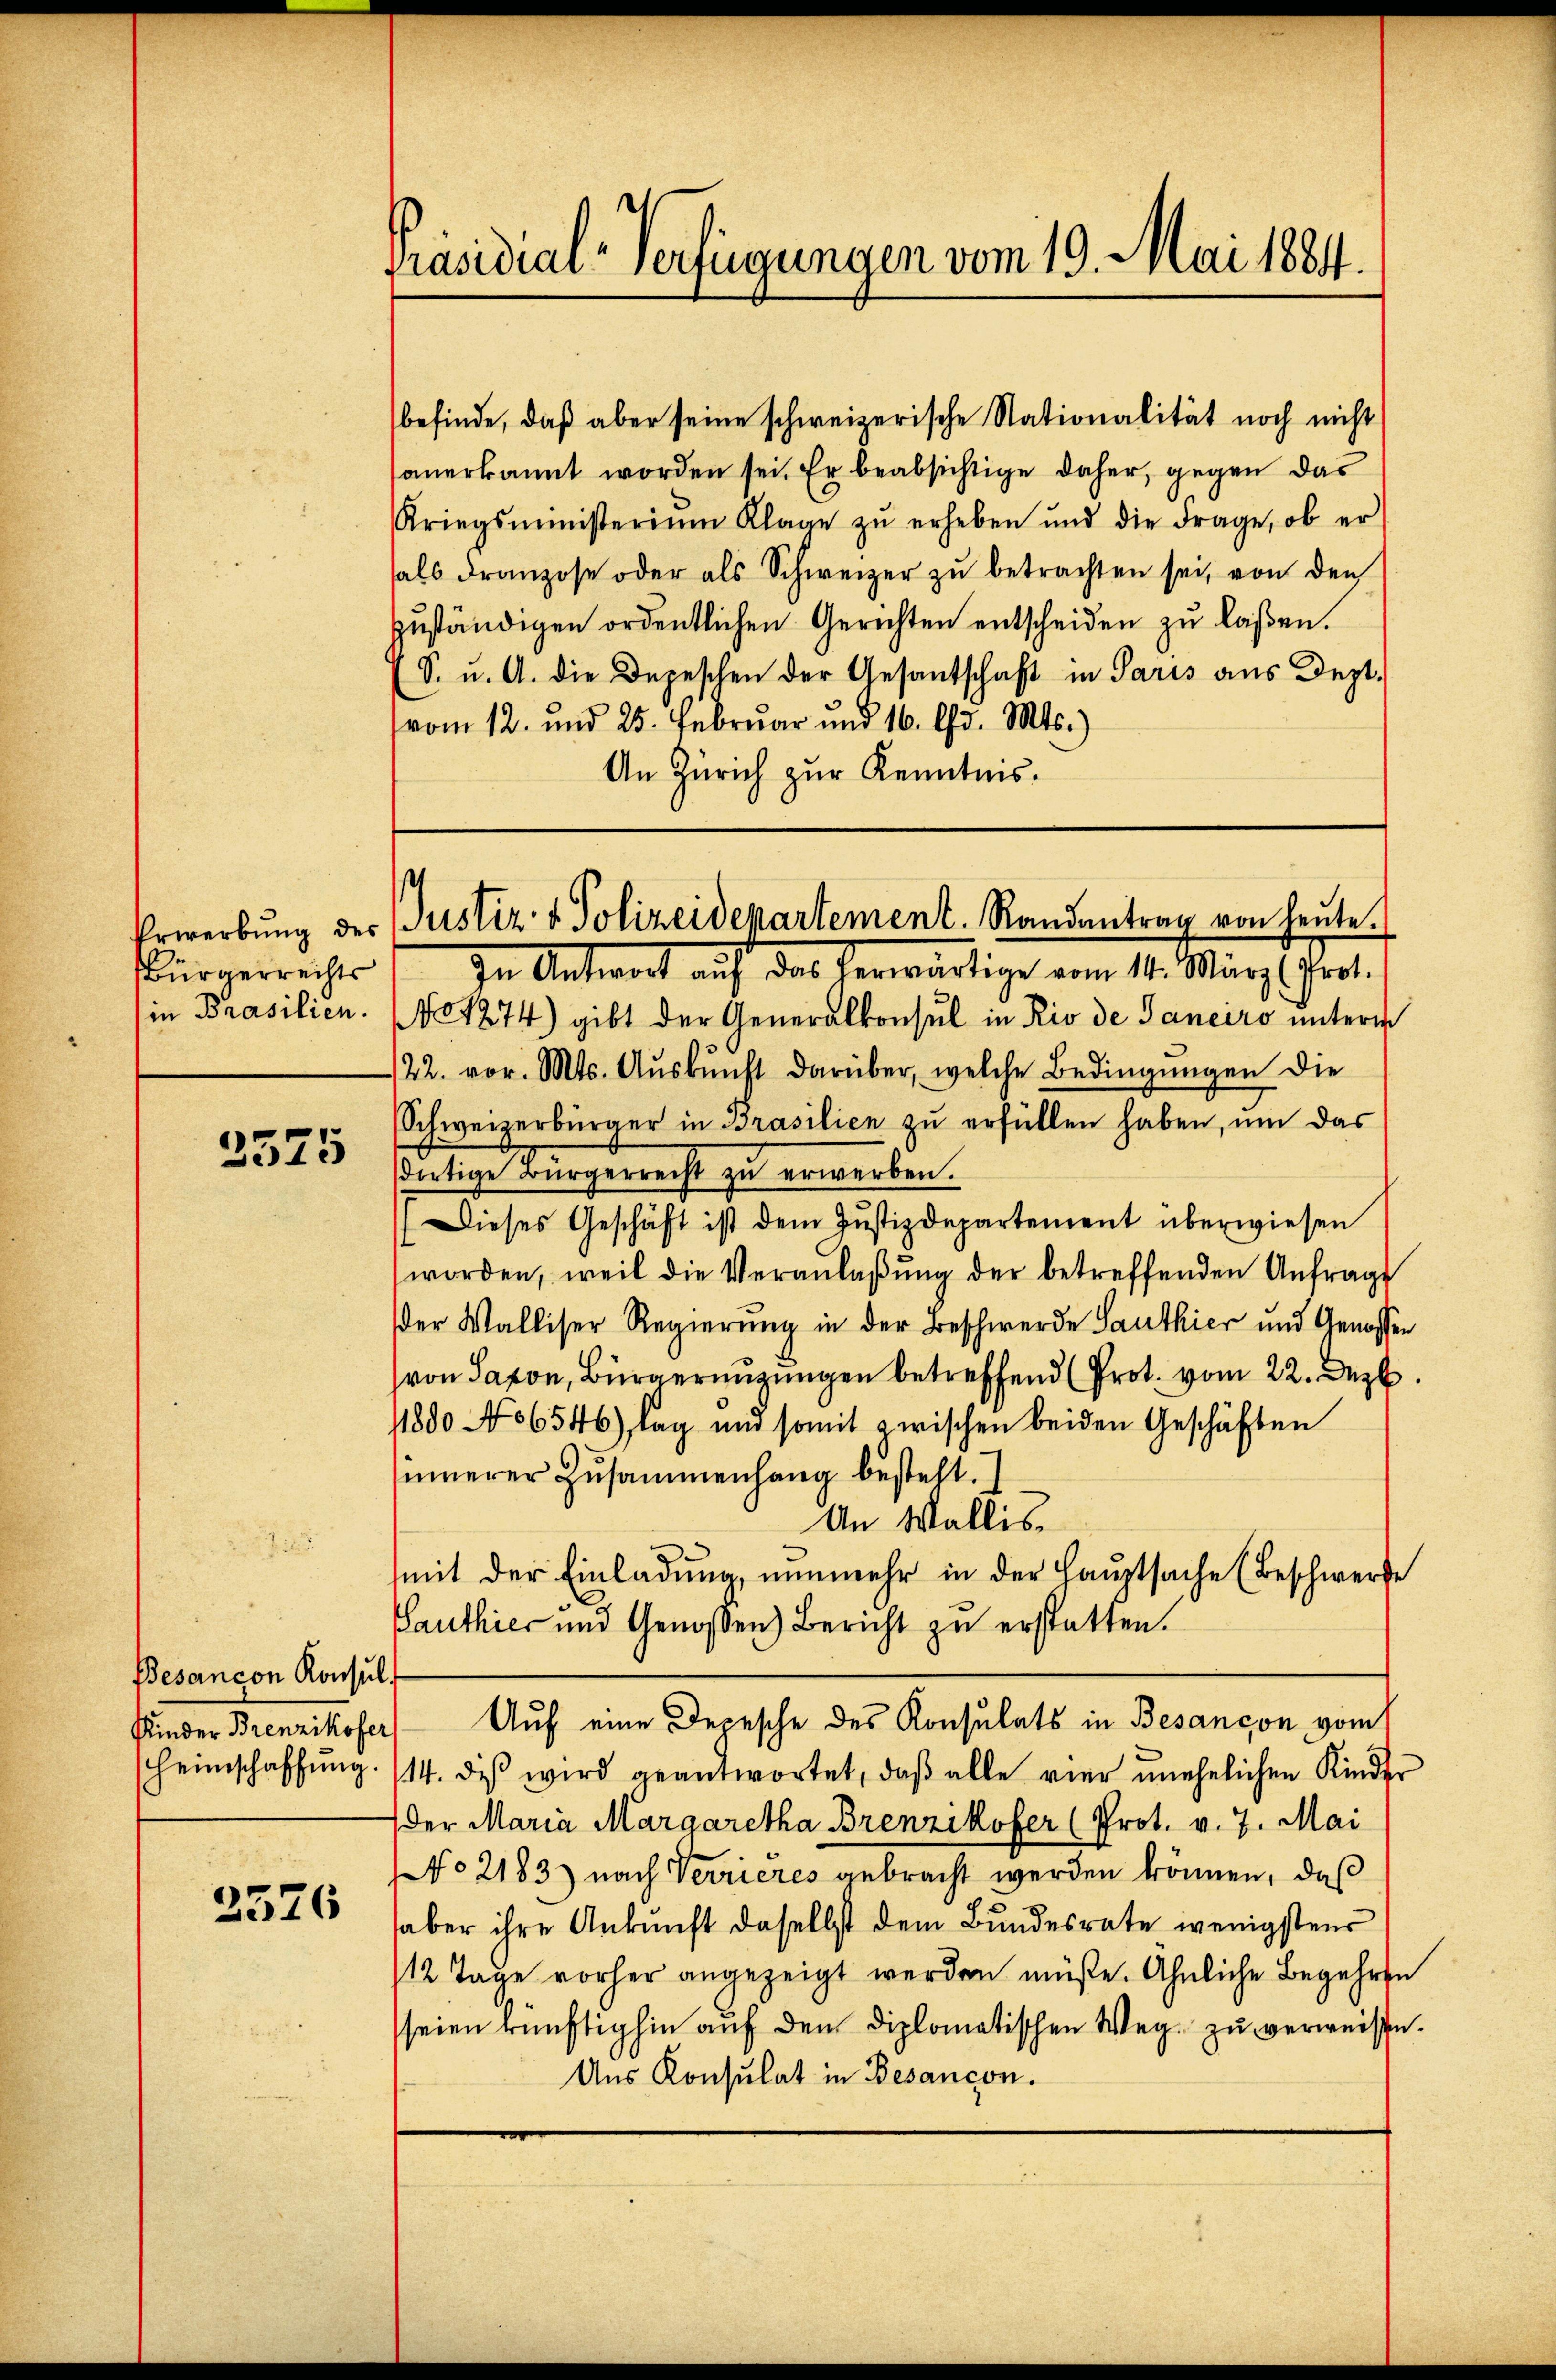
Bürgerrechts
in Prasilien.

3575

Besancon Konsul
Kinder Brenzikofer

2576

Präsidial-Verfügungen vom 19. Mai 1884.

befinde, daß aber seine schweizerische Nationalität noch nicht
anerkannt worden sei. Er beabsichtige daher, gegen das
Kriegsministeriŭm Klage zŭ erheben und die Frage, ob er
hals dranzose oder als Schweizer zŭ betrachten sei, von den
zuständigen ordentlichen Gerichten entscheiden zu laßen.
(S. u. A. die Depeschen der Gesantschaft in Paris aus Dept.
(vom 12. und 25. Februar und 16. d. Mts.)
An Zürich zur Kenntnis.

Erwerbŭng der Justiz & Polizeidepartement. Randantrag von heŭte.

In Antwort auf das herwärtige vom 14. März Prot.
No 1274) gibt der Generalkonsul in Rio de Janeiro unterm
122. vor. Mts. Aŭskŭnft darüber, welche Bedingŭngen die
Schweizerbürger in Brasilien zŭ erfüllen haben, um das
dortige Bürgerrecht zŭ erwerben.
Dieses Geschäft ist dem Jŭstizdepartement überwiesen
worden, weil die Veranlaβŭng der betreffenden Anfrage
er Walliser Regierung in der Beschwerde Sauthier und Genossen
von Saxon, Bürgermutungen betreffend (Prot. vom 22. Dezb
11800 No 6546), lag und somit zwischen beiden Geschäften
sinnerer Zusammenhang besteht.
An Wallis,
mit der Einladung, nunmehr in der Hauptsache (Beschwerde
authier und Genossen) Bericht zu erstatten.
Auf eine Depesche des Konsulats in Besançon vom
scheinschaffŭng. 114. des wird geantwortet, daβ alle vier unehelichen Kinder
der Maria Margaretha Brenzikofer (Prot. v. 7. Mai
No 2183) nach Verrieres gebracht werden können, daß
aber ihre Ankunft daselbst dem Bundesrate wenigstens
/12 Tage vorher angezeigt werden müße. Ähnliche Begehren
seien künftighin auf den diplomatischen Weg zu verweise.
Aus Konsulat in Besancon.